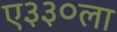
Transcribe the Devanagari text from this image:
ए३३०ला